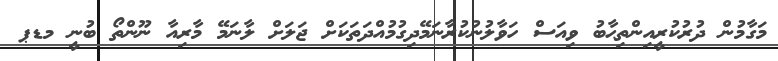
މަގާމުން ދުރުކުރީއިންތިޙާބު ވިއަސް ހަވާލުނުކުރާނަމޭދިގުމުއްދަތަކަށް ޖަލަށް ލާނަމޭ މާރިއާ ނޫންތޯ ބުނީ މޑޕ